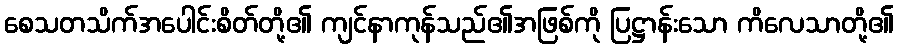
စေသတသိက်အပေါင်းစိတ်တို့၏ ကျင်နာကုန်သည်၏အဖြစ်ကို ပြဋ္ဌာန်းသော ကိလေသာတို့၏